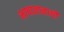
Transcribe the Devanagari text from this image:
भाषाज्ञानार्थी